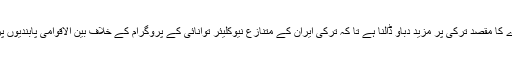
ان کے دورے کا مقصد ترکی پر مزید دباؤ ڈالنا ہے تا کہ ترکی ایران کے متنازع نیوکلیئر توانائی کے پروگرام کے خلاف بین الاقوامی پابندیوں پرعمل کرے۔